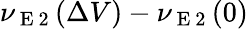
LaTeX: \nu_{\mathrm{~E~2~}}(\Delta V)-\nu_{\mathrm{~E~2~}}(0)